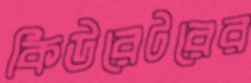
কিউরেটরের